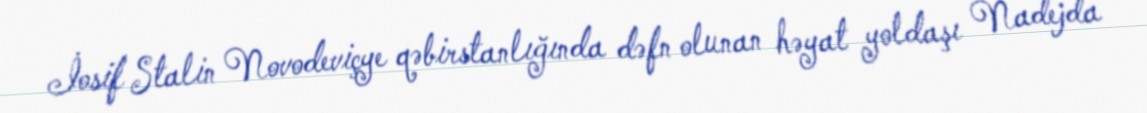
İosif Stalin Novodeviçye qəbirstanlığında dəfn olunan həyat yoldaşı Nadejda